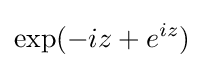
\exp(-iz+e^{iz})